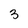
Character: 3